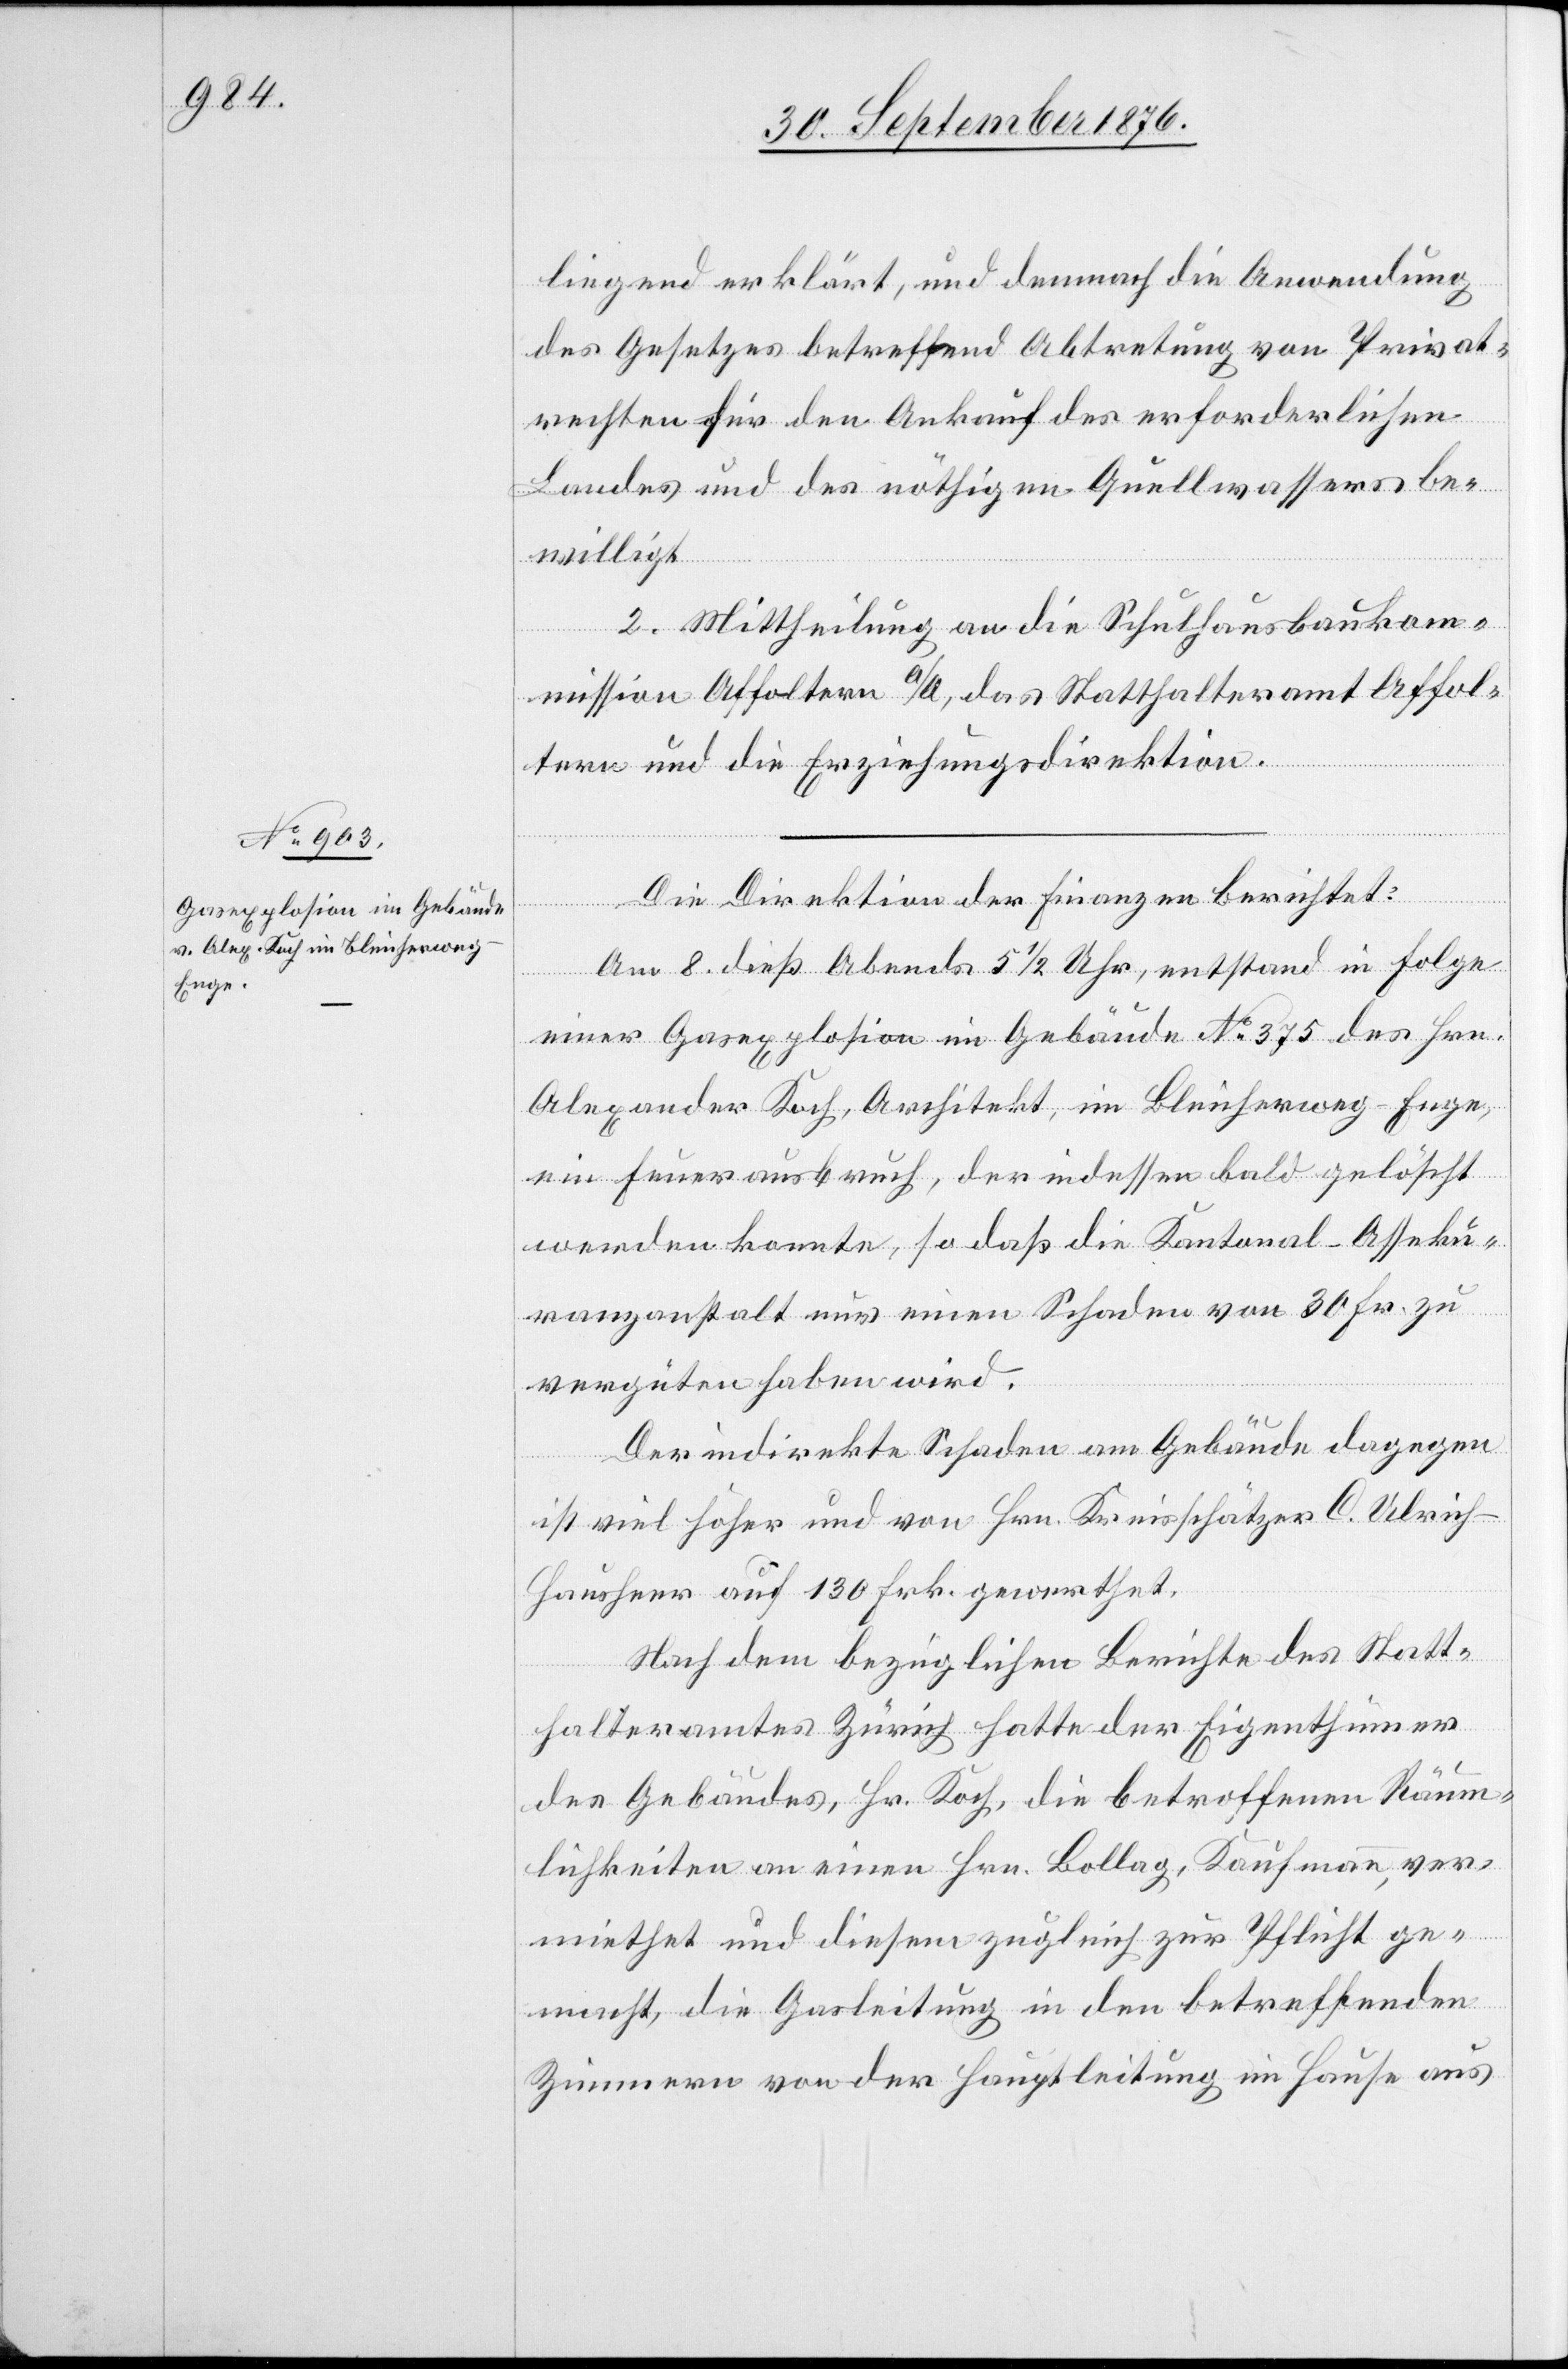
liegend erklärt, und demnach die Anwendung
des Gesetzes betreffend Abtretung von Privat¬
rechten für den Ankauf des erforderlichen
Landes und des nöthigen Quellwassers be¬
willigt.
2. Mittheilung an die Schulhausbaukom¬
mission Affoltern a/A., das Statthalteramt Affol¬
tern und die Erziehungsdirektion.
Die Direktion der Finanzen berichtet:
Am 8. dieß Abends 5 1/2 Uhr, entstand in Folge
einer Gasexplosion im Gebäude No 375 des Hrn.
Alexander Koch, Architekt, im Bleicherweg - Enge,
ein Feuerausbruch, der indessen bald gelöscht
werden konnte, so daß die Kantonal-Asseku¬
ranzanstalt nur einen Schaden von 30 Fr. zu
vergüten haben wird.
Der indirekte Schaden am Gebäude dagegen
ist viel höher und von Hrn. Kreisschätzer C. Ulric¬
h-Hausheer auf 130 Frk. gewerthet.
Nach dem bezüglichen Berichte des Statt¬
halteramt Zürich hatte der Eigenthümer
des Gebäudes, Hr. Koch, die betroffenen Räum¬
lichkeiten an einen Hrn. Bollag, Kaufmann, ver¬
miethet und diesem zugleich zur Pflicht ge¬
macht, die Gasleitung in den betreffenden
Zimmern von der Hauptleitung im Hause aus